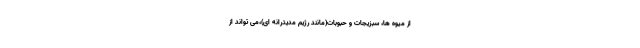
از میوه ها، سبزیجات و حبوبات(مانند رژیم مدیترانه ای)،می تواند از